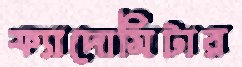
ফ্যাদোমিটার